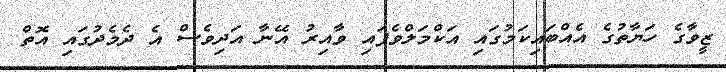
ޒީވާގެ ހަޔާތުގެ އެއްބައިކަމުގައި އަކްމަލްވެފައި ވާއިރު އޭނާ އަދިވެސް އެ ދެމެދުގައި އޮތް